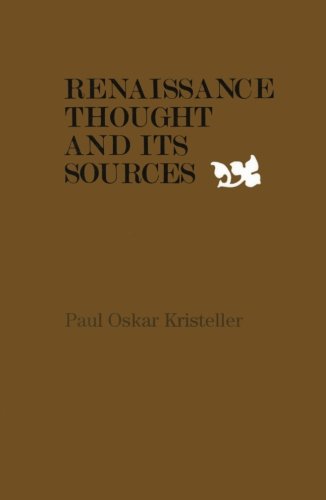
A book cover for Renaissance Thought and its Sources; Paul Oskar Kristeller; Politics & Social Sciences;